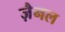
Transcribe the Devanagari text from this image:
ज़ैनल